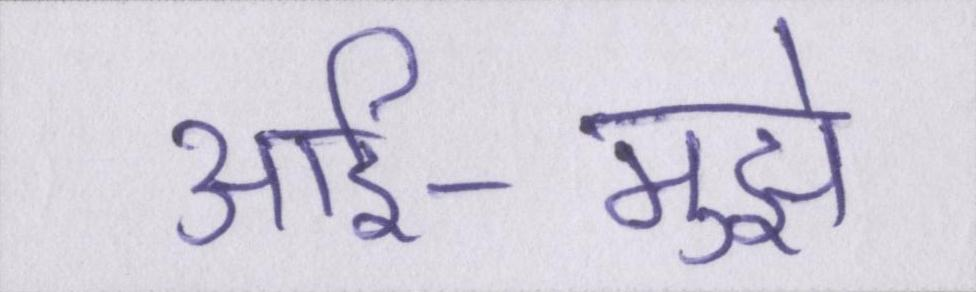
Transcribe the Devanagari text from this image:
आर्इ-मुझे